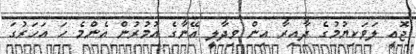
ޖޮއީ ލަވަކިޔުމުގެ ދާއިރާ އިން ވިދާލީ އޭނާގެ އުމުރުން އެންމެ ހަ އަހަރުގަ